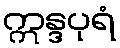
ဣန္ဒပုရံ